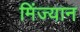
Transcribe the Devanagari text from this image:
मिंज्यान